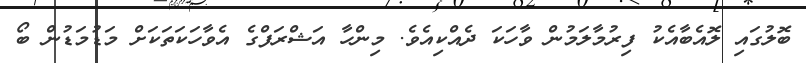
ބޮލުގައި ލޮއެބާއެކު ފިރުމާލަމުން ވާހަކަ ދެއްކިއެވެ. މިންހާ އަޝްރަފްގެ އެވާހަކަތަކަށް މަޑުމަޑުން ބޯ